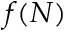
f ( N )